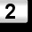
Digit: 2